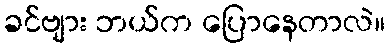
ခင်ဗျား ဘယ်က ပြောနေတာလဲ။